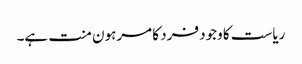
ریاست کا وجود فرد کا مرہون منت ہے۔